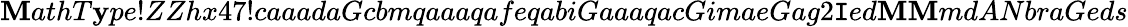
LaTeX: \mathbf{M}athT\mathbf{y}pe!ZZhx47!caaadaGcbmqaaaqafeqabiGaaaqacGimaeGag2\mathtt{I}ed\mathbf{M}\mathbf{M}mdANbraGeds